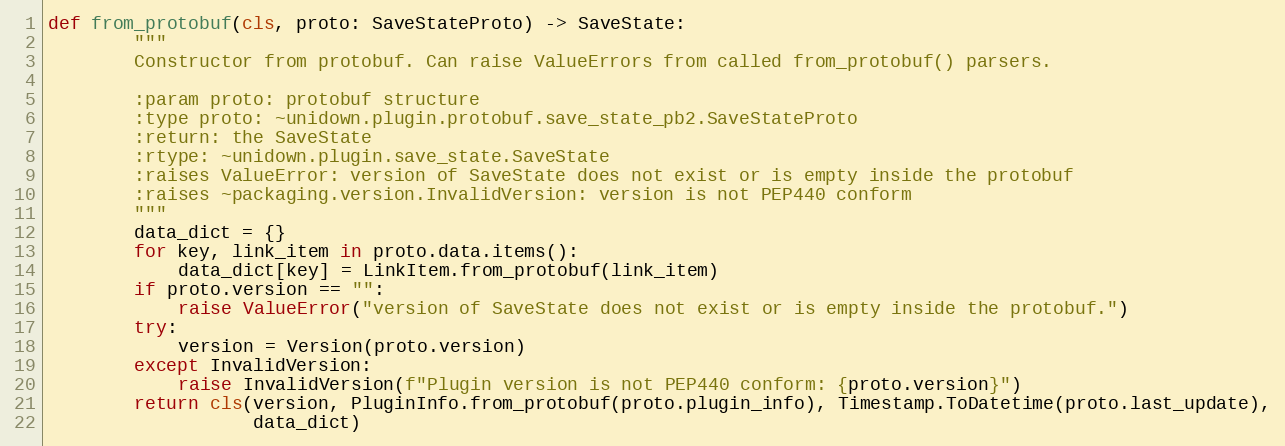
Language: Python
def from_protobuf(cls, proto: SaveStateProto) -> SaveState:
        """
        Constructor from protobuf. Can raise ValueErrors from called from_protobuf() parsers.

        :param proto: protobuf structure
        :type proto: ~unidown.plugin.protobuf.save_state_pb2.SaveStateProto
        :return: the SaveState
        :rtype: ~unidown.plugin.save_state.SaveState
        :raises ValueError: version of SaveState does not exist or is empty inside the protobuf
        :raises ~packaging.version.InvalidVersion: version is not PEP440 conform
        """
        data_dict = {}
        for key, link_item in proto.data.items():
            data_dict[key] = LinkItem.from_protobuf(link_item)
        if proto.version == "":
            raise ValueError("version of SaveState does not exist or is empty inside the protobuf.")
        try:
            version = Version(proto.version)
        except InvalidVersion:
            raise InvalidVersion(f"Plugin version is not PEP440 conform: {proto.version}")
        return cls(version, PluginInfo.from_protobuf(proto.plugin_info), Timestamp.ToDatetime(proto.last_update),
                   data_dict)